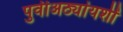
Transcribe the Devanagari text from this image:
पुर्वीअठ्यांयशीं